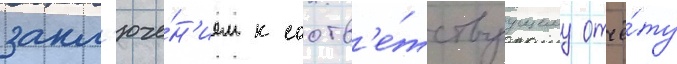
закл'юче́н'ием к соотв'е́тствуущему отчё́ту